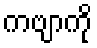
ကဗျာကို